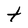
Character: t